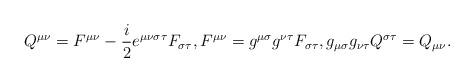
LaTeX: \begin{align*}Q^{\mu\nu}=F^{\mu\nu}-\frac{i}{2}e^{\mu\nu\sigma\tau}F_{\sigma\tau},F^{\mu\nu}=g^{\mu\sigma}g^{\nu\tau}F_{\sigma\tau},g_{\mu\sigma}g_{\nu\tau}Q^{\sigma\tau}=Q_{\mu\nu}.\end{align*}